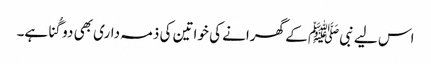
اس لیے نبیﷺ کے گھرانے کی خواتین کی ذمہ داری بھی دو گُنا ہے۔